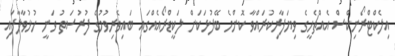
އިލެކްޓްރޯނިކްސް އެއްޗެހީގެ ވިޔަފާރިކުރައްވާ ކޮންމެ ބޭފުޅަކަށް ލަކީޑްރޯއެއްގައި ބައިވެރިވުމުގެ ފުރުސަތު ވަނީ ހުޅުވާލާފައި